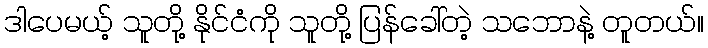
ဒါပေမယ့် သူတို့ နိုင်ငံကို သူတို့ ပြန်ခေါ်တဲ့ သဘောနဲ့ တူတယ်။